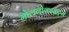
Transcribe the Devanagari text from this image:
मोलनोकाइट्स